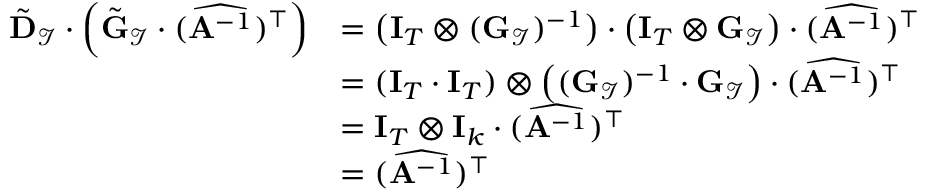
\begin{array} { r l } { \tilde { \mathbf { D } } _ { \mathcal { I } } \cdot \left( \tilde { \mathbf { G } } _ { \mathcal { I } } \cdot ( \widehat { \mathbf { A } ^ { - 1 } } ) ^ { \top } \right) } & { = \big ( \mathbf { I } _ { T } \otimes ( \mathbf { G } _ { \mathcal { I } } ) ^ { - 1 } \big ) \cdot \big ( \mathbf { I } _ { T } \otimes \mathbf { G } _ { \mathcal { I } } \big ) \cdot ( \widehat { \mathbf { A } ^ { - 1 } } ) ^ { \top } } \\ & { = ( \mathbf { I } _ { T } \cdot \mathbf { I } _ { T } ) \otimes \left( ( \mathbf { G } _ { \mathcal { I } } ) ^ { - 1 } \cdot \mathbf { G } _ { \mathcal { I } } \right) \cdot ( \widehat { \mathbf { A } ^ { - 1 } } ) ^ { \top } } \\ & { = \mathbf { I } _ { T } \otimes \mathbf { I } _ { k } \cdot ( \widehat { \mathbf { A } ^ { - 1 } } ) ^ { \top } } \\ & { = ( \widehat { \mathbf { A } ^ { - 1 } } ) ^ { \top } } \end{array}